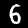
Label: 6